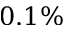
0 . 1 \%